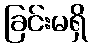
ခြင်းမရှိ